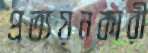
প্রত্যয়নকারী